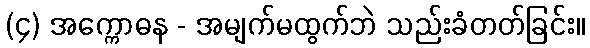
(၄) အက္ကောဓန - အမျက်မထွက်ဘဲ သည်းခံတတ်ခြင်း။